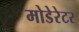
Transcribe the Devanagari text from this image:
मोडेरेटर